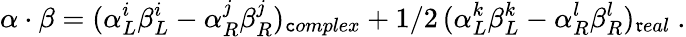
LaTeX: \alpha\cdot\beta=(\alpha_{L}^{i}\beta_{L}^{i}-\alpha_{R}^{j}\beta_{R}^{j})_{\mathtt{c}omplex}+1/2\, (\alpha_{L}^{k}\beta_{L}^{k}-\alpha_{R}^{l}\beta_{R}^{l})_{\mathfrak{r}eal}\ .